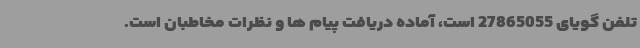
تلفن گویای 27865055 است، آماده دریافت پیام ها و نظرات مخاطبان است.